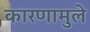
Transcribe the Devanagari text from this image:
कारणामुले